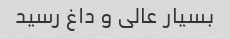
بسیار عالی و داغ رسید